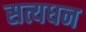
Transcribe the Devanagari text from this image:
सत्यधन